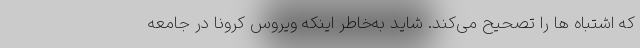
که اشتباه ها را تصحیح می‌کند. شاید به‌خاطر اینکه ویروس کرونا در جامعه